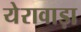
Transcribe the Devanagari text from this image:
येरावाड़ा